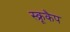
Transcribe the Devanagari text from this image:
स्क्रूकैप